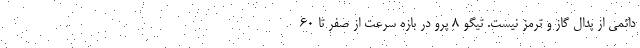
دائمی از پدال گاز و ترمز نیست. تیگو 8 پرو در بازه سرعت از صفر تا ۶۰